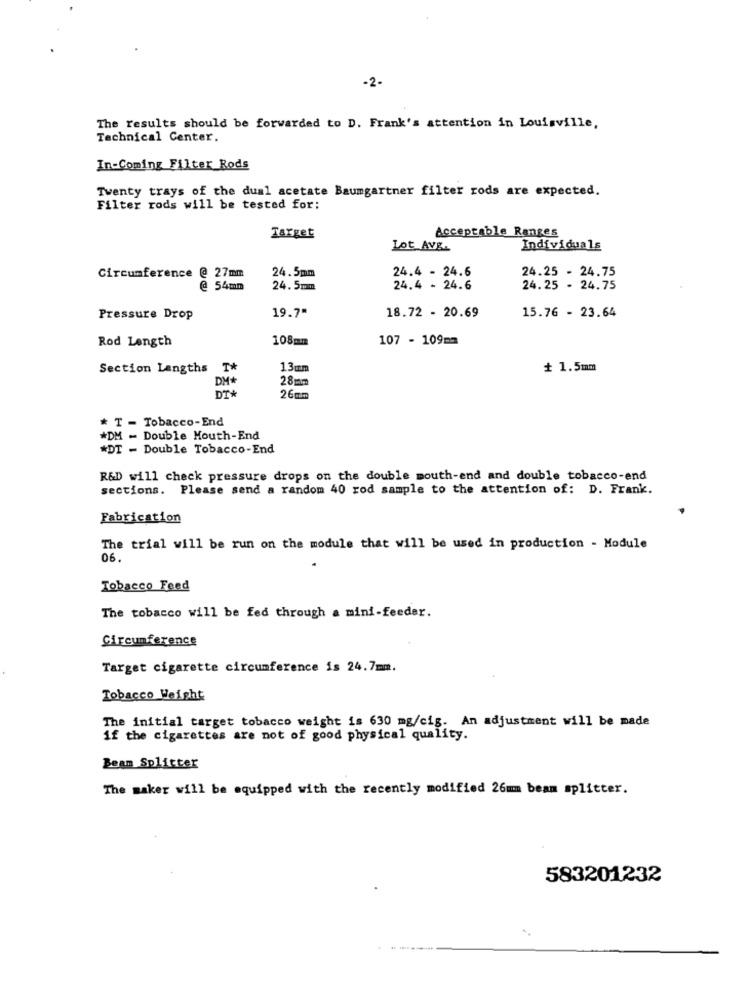
-2-
The results should be forwarded to D. Frank's attention in Louisville,
Technical Center.
In-Coming Filter Rods
Twenty trays of the dual acetate Baumgartner filter rods are expected.
Filter rods will be tested for:
Acceptable Ranges
Target
Lot Avg.
Individuals
24.4 - 24.6
24.25 - 24.75
Circumference
27mm
24.5mm
@ 54mm
24.5mm
24.4 - 24.6
24.25 - 24.75
15.76 - 23.64
Pressure Drop
19.7"
18.72 - 20.69
Rod Length
108mm
107 - 109mm
Section Lengths
T*
13mm
+ 1.5mm
28mm
DM*
DT*
26mm
* T - Tobacco-End
M - Double Mouth-End
*DT - Double Tobacco-End
R&D will check pressure drops on the double mouth-end and double tobacco-end
sections. Please send a random 40 rod sample to the attention of: D. Frank.
Fabrication
The trial will be run on the module that will be used in production - Module
06.
Tobacco Feed
The tobacco will be fed through a mini-feeder.
Circumference
Target cigarette circumference is 24.7mm.
Tobacco Weight
The initial target tobacco weight is 630 mg/cig. An adjustment will be made
if the cigarettes are not of good physical quality.
Bean Splitter
The maker will be equipped with the recently modified 26mmm beam splitter.
583201232